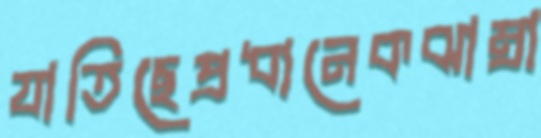
যাতিছেপ্রধানেকঝাম্‌রা